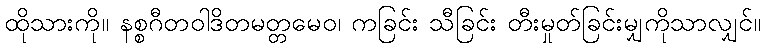
ထိုသားကို။ နစ္စဂီတဝါဒိတမတ္တမေဝ၊ ကခြင်း သီခြင်း တီးမှုတ်ခြင်းမျှကိုသာလျှင်။